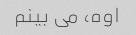
اوه، می بینم